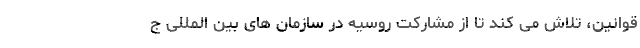
قوانین، تلاش می کند تا از مشارکت روسیه در سازمان های بین المللی ج